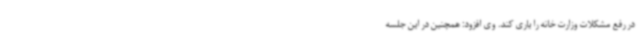
در رفع مشکلات وزارت خانه را یاری کند. وی افزود: همچنین در این جلسه